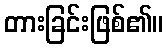
တားခြင်းဖြစ်၏။